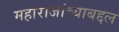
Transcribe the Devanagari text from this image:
महाराजांच्याबद्दल